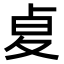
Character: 𠧫